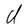
Character: U